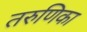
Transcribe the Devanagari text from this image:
तरुणिका